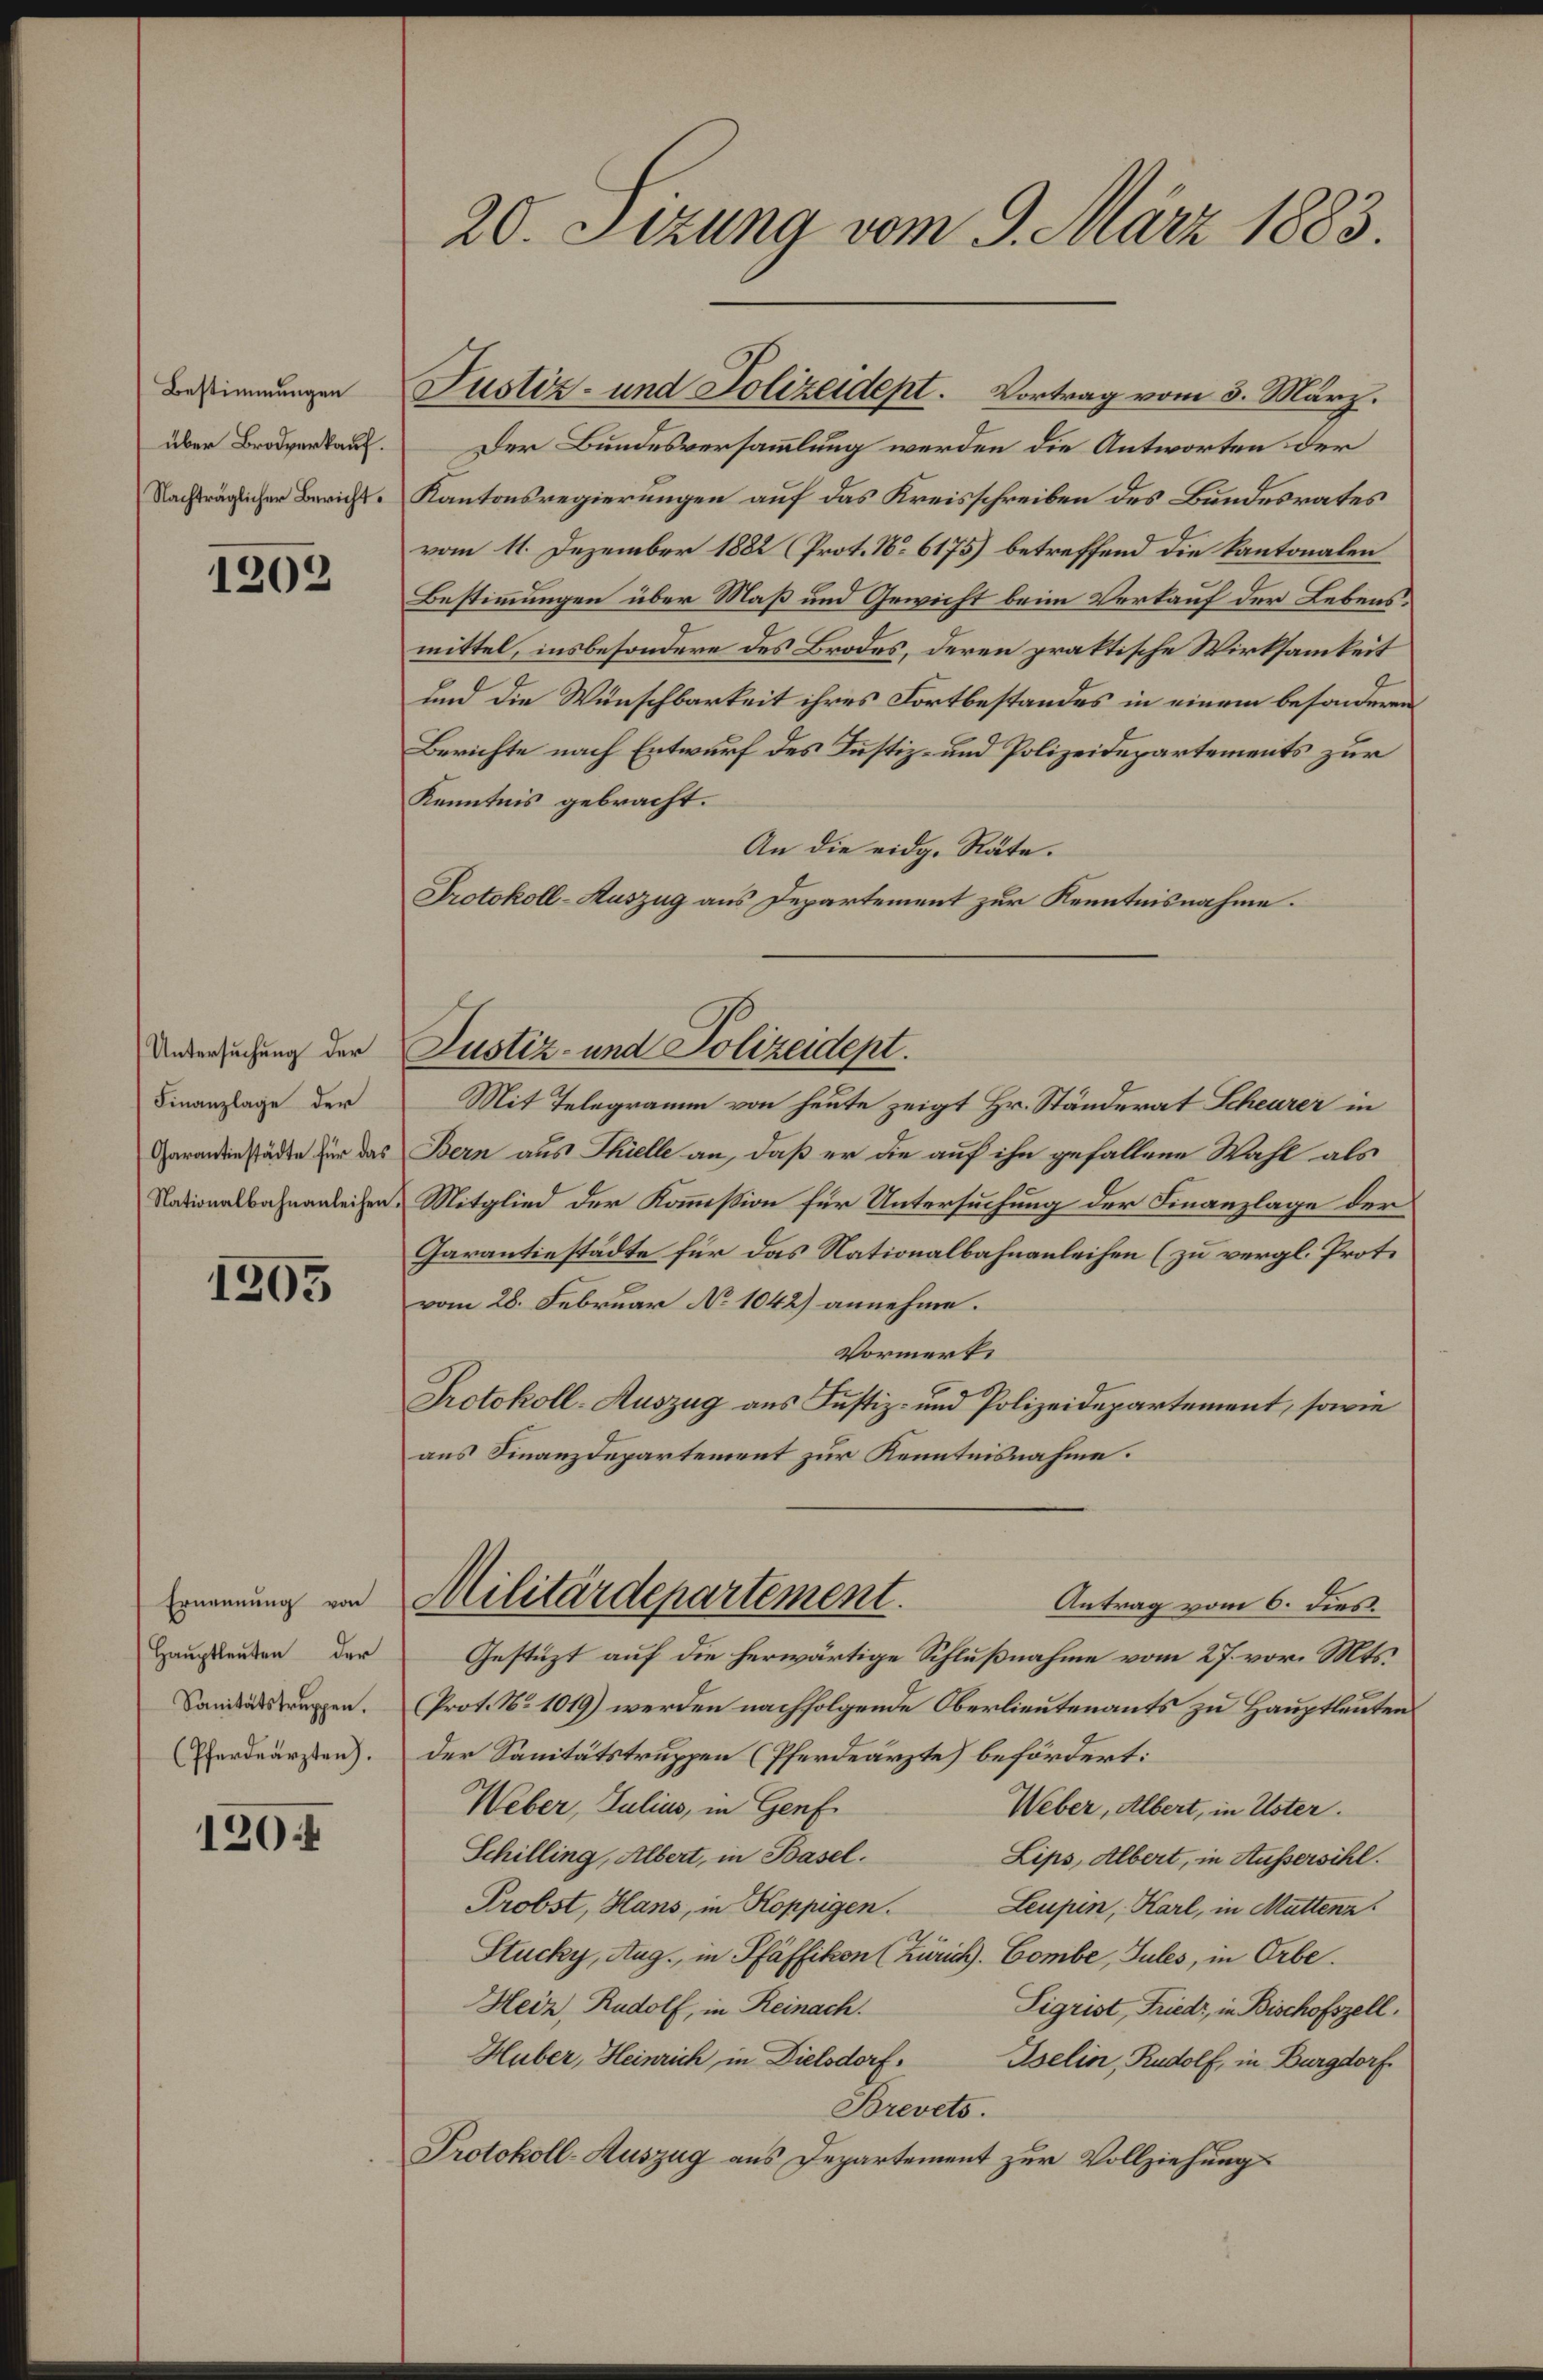
Bestimmungen
über Brodverkauf.
Nachträglicher Bericht.

1202

Untersuchung der
Finanzlage der
Garantiestädte für das
Nationalbahnanleihen

1205

Ernennung von
Haŭptleŭten der
Sanitätstruppen.
(Pferdeärzten).

12044

20. Sizung vom 9. März 1883.

Der Bundesversammlung werden die Antworten der
Kantonsregierungen auf das Kreisschreiben des Bundesrates
vom 11. Dezember 1882 (Prot. No 6175) betreffend die Kantonalen
Bestimmungen über Maß und Gewicht beim Verkauf der Lebensmittel, insbesondere des Brodes, deren praktische Wirksamkeit
und die Wünschbarkeit ihres Fortbestandes in einem besonderen
Berichte nach Entwurf des Justiz- und Polizeidepartements zur
Kenntnis gebracht.
An die eidg. Räte.
Protokoll-Auszug aus Departement zur Kenntnisnahme.
Mit Telegramm von heute zeigt Hr. Ständerat Scheurer in
Bern aus Thielle an, daß er die auf ihn gefallene Wahl als
Mitglied der Kommißion für Untersuchung der Finanzlage der
Carantiestädte für das Nationalbahnanleihen (zu vergl. Prot.
vom 28. Februar No 1042) annehme.
Vormerke
Protokoll-Auszug aus Justiz- und Polizeidepartement, sowie
aus Finanzdepartement zur Kenntnisnahme.
Militärdepartement.
Antrag vom 6. dies
Gestüzt auf die herwärtige Schlußnahme vom 27. vor. Mts.
Prot. No 1019) werden nachfolgende Oberlieutenants zu Hauptleuten
Der Sanitätstruppen (Pferdeärzte) befördert:
Weber, Julius, in Genf
Weber, Albert, in Uster.
Schilling, Albert, in Basel.
Lips, Albert, in Aussersihl.
Probst, Hans, in Koppigen.
Leupen, Karl, in Muttenz
Stucky, Aug., in Pfäffikon (Zürich. Combe, Jules, in Orbe.
Heiz, Rudolf, in Reinach.
Sigrist, Friedr, in Bischofszell.
Huber, Heinrich in Dielsdorf. Iselin, Rudolf, in Burgdorf
Brevets.
Protokoll-Auszug aus Departement zur Vollziehung

Justiz- und Polizeidept. Vortrag vom 3. März.

Justiz- und Polizeidept.